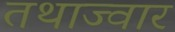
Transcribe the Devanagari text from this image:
तथाज्वार